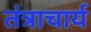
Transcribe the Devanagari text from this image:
तंत्राचार्य